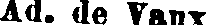
Ad. de Vaux